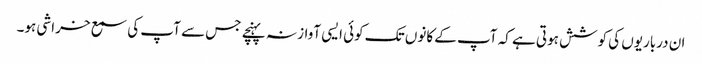
ان درباریوں کی کوشش ہوتی ہے کہ آپ کے کانوں تک کوئی ایسی آواز نہ پہنچے جس سے آپ کی سمع خراشی ہو۔